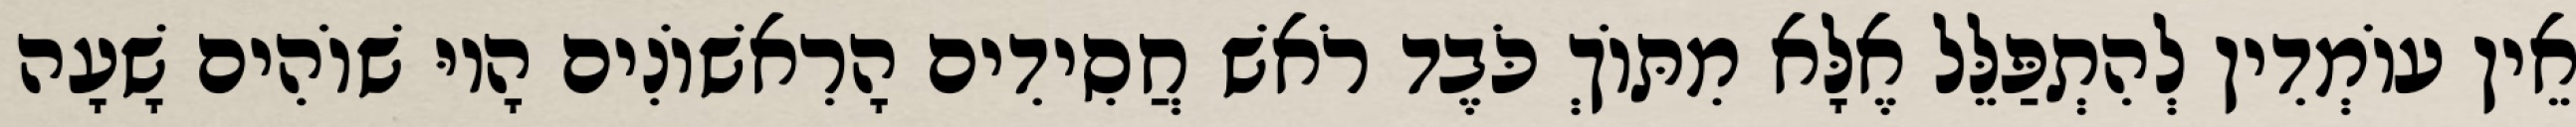
אֵין עוֹמְדִין לְהִתְפַּלֵּל אֶלָּא מִתּוֹךְ כֹּבֶד רֹאשׁ חֲסִידִים הָרִאשׁוֹנִים הָיוּ שׁוֹהִים שָׁעָה